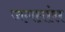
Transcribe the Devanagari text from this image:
जगतांस